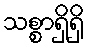
သစ္စာရှိရှိ